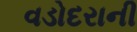
વડોદરાની